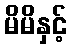
မိမိနှင့်